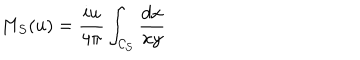
LaTeX: M _ { S } ( u ) = \frac { i u } { 4 \pi } \int _ { \cal C _ { S } } \frac { d x } { x y }